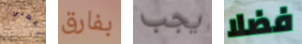
إعطني بفارق يجب فضلا